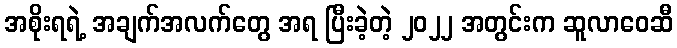
အစိုးရရဲ့ အချက်အလက်တွေ အရ ပြီးခဲ့တဲ့ ၂၀၂၂ အတွင်းက ဆူလာဝေဆီ